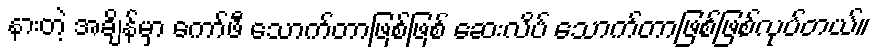
နားတဲ့ အချိန်မှာ ကော်ဖီ သောက်တာဖြစ်ဖြစ် ဆေးလိပ် သောက်တာဖြစ်ဖြစ်လုပ်တယ်။